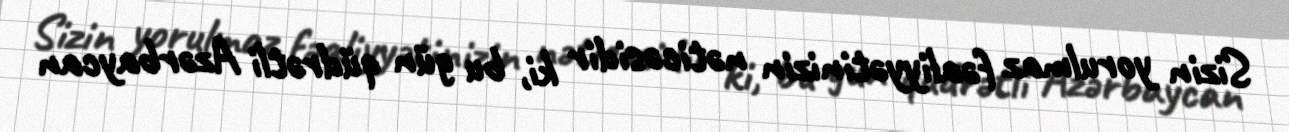
Sizin yorulmaz fəaliyyətinizin nəticəsidir ki, bu gün qüdrətli Azərbaycan